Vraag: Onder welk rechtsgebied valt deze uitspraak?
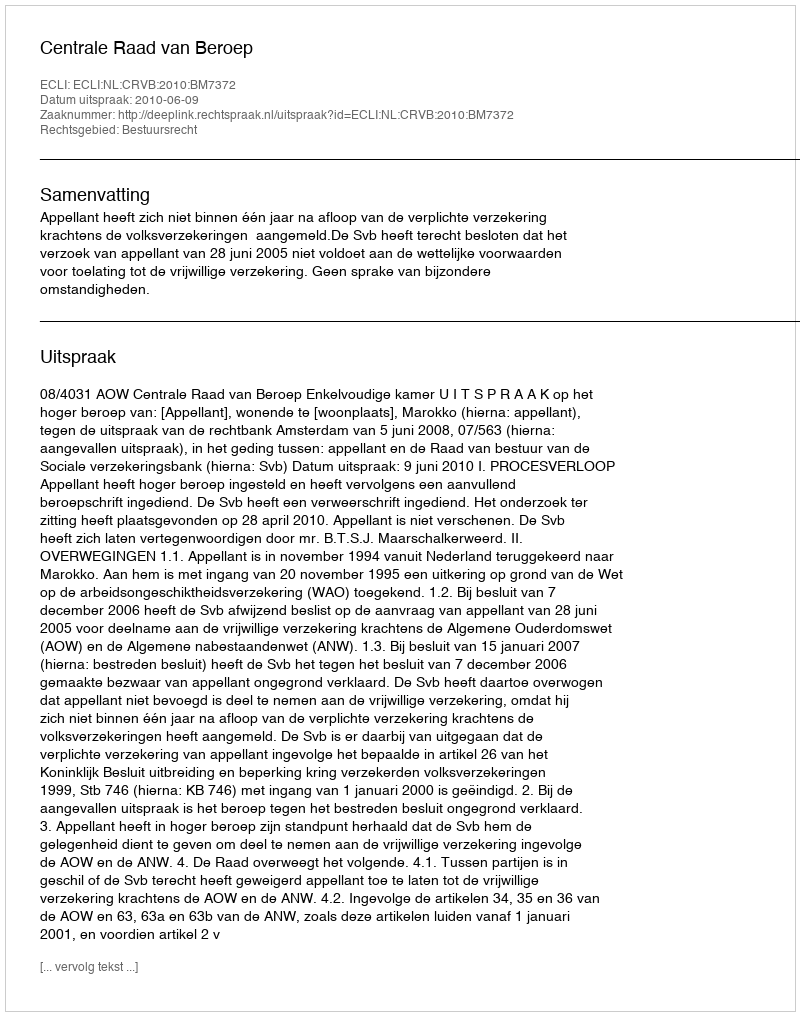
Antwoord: Bestuursrecht